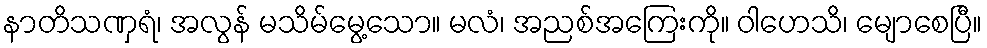
နာတိသဏှရံ၊ အလွန် မသိမ်မွေ့သော။ မလံ၊ အညစ်အကြေးကို။ ဝါဟေသိ၊ မျောစေပြီ။